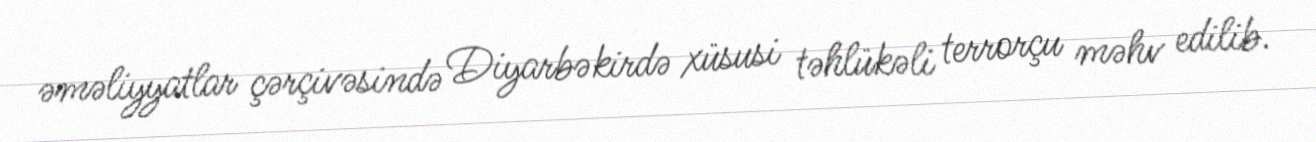
əməliyyatlar çərçivəsində Diyarbəkirdə xüsusi təhlükəli terrorçu məhv edilib.